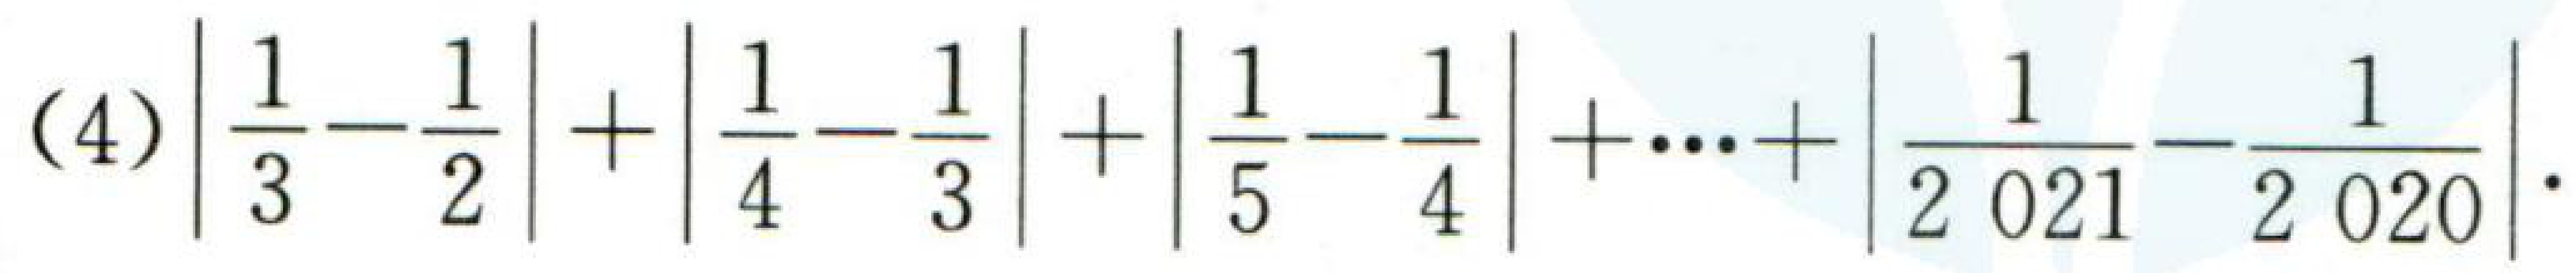
(4) \(\left|\dfrac{1}{3}-\dfrac{1}{2}\right|+\left|\dfrac{1}{4}-\dfrac{1}{3}\right|+\left|\dfrac{1}{5}-\dfrac{1}{4}\right|+\cdots+\left|\dfrac{1}{2021}-\dfrac{1}{2020}\right|\).